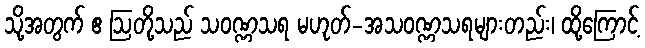
သို့အတွက် ဧ ဩတို့သည် သဝဏ္ဏသရ မဟုတ်-အသဝဏ္ဏသရများတည်း၊ ထို့ကြောင့်